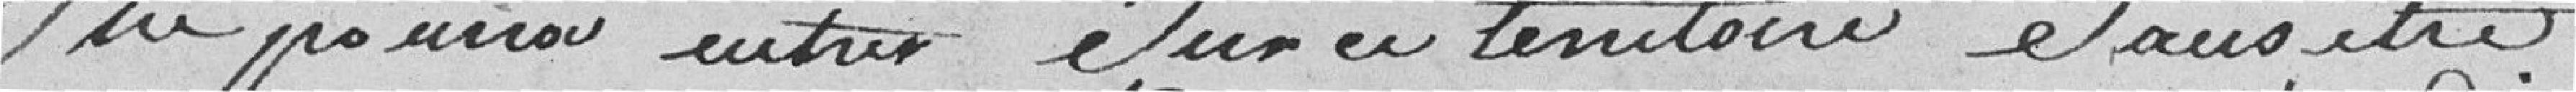
ne puisse entrer sur le territoire sans être